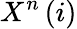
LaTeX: X^{n}\left(i\right)